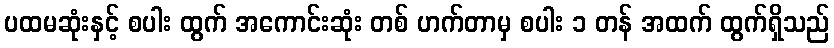
ပထမဆုံးနှင့် စပါး ထွက် အကောင်းဆုံး တစ် ဟက်တာမှ စပါး ၁ တန် အထက် ထွက်ရှိသည်